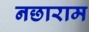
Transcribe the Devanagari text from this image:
नछाराम